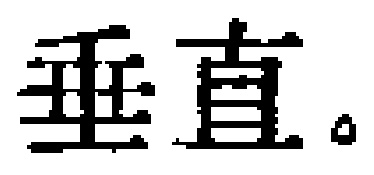
垂直。